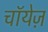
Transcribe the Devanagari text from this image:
चॉयेज़